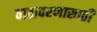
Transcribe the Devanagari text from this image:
वातावरणासाठी